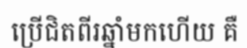
ប្រើជិតពីរឆ្នាំមកហើយ គឺ